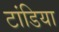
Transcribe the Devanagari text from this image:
टांडिया